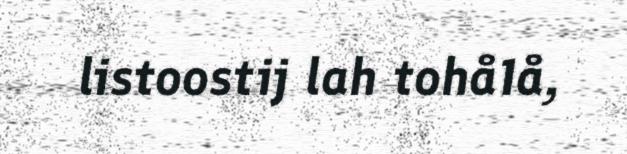
listoostij lah tohå1å,